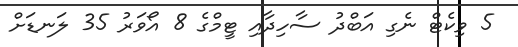
5 ވިކެޓް ނެގި އަބްދު ސާހިދާއި ޓީމްގެ 8 އޯވަރު 35 ލަނޑަށް